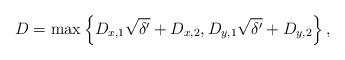
LaTeX: \begin{align*}D = \max\left\{ D_{x,1}\sqrt{\delta'}+D_{x,2}, D_{y,1}\sqrt{\delta'}+D_{y,2} \right\},\end{align*}